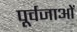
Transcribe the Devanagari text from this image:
पूर्वजाओं